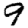
Digit: 9